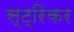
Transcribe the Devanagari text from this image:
स्ट्रिकर